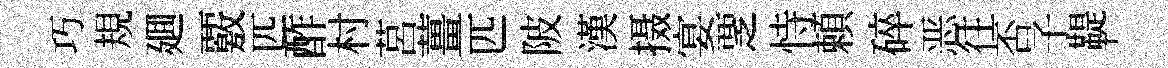
巧規廽覈匹酢村莒薑匹陂漢摄宴覂恃頼碎恶往否子鞮